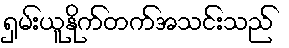
ရှမ်းယူနိုက်တက်အသင်းသည်